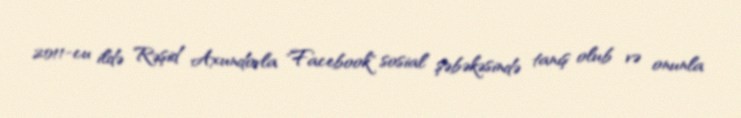
2011-cu ildə Rəşid Axundovla "Facebook" sosial şəbəkəsində tanış olub və onunla